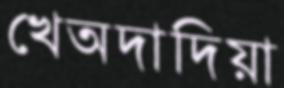
খেঅদাদিয়া